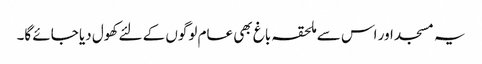
یہ مسجد اور اس سے ملحقہ باغ بھی عام لوگوں کے لئے کھول دیا جائے گا۔